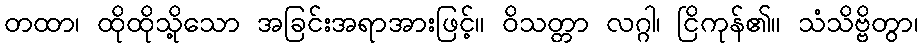
တထာ၊ ထိုထိုသို့သော အခြင်းအရာအားဖြင့်။ ဝိသတ္တာ လဂ္ဂါ၊ ငြိကုန်၏။ သံသိဗ္ဗိတွာ၊